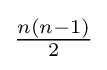
\textstyle {\frac {n(n-1)}{2}}